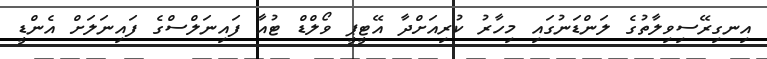
އިނގިރޭސިވިލާތުގެ ލަންޑަނުގައި މިހާރު ކުރިއަށްދާ އޭޓީޕީ ވޯލްޑް ޓުއާ ފައިނަލްސްގެ ފައިނަލަށް އެންޑީ